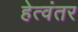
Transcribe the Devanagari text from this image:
हेत्वंतर